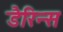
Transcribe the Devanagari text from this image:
डैरिन्स